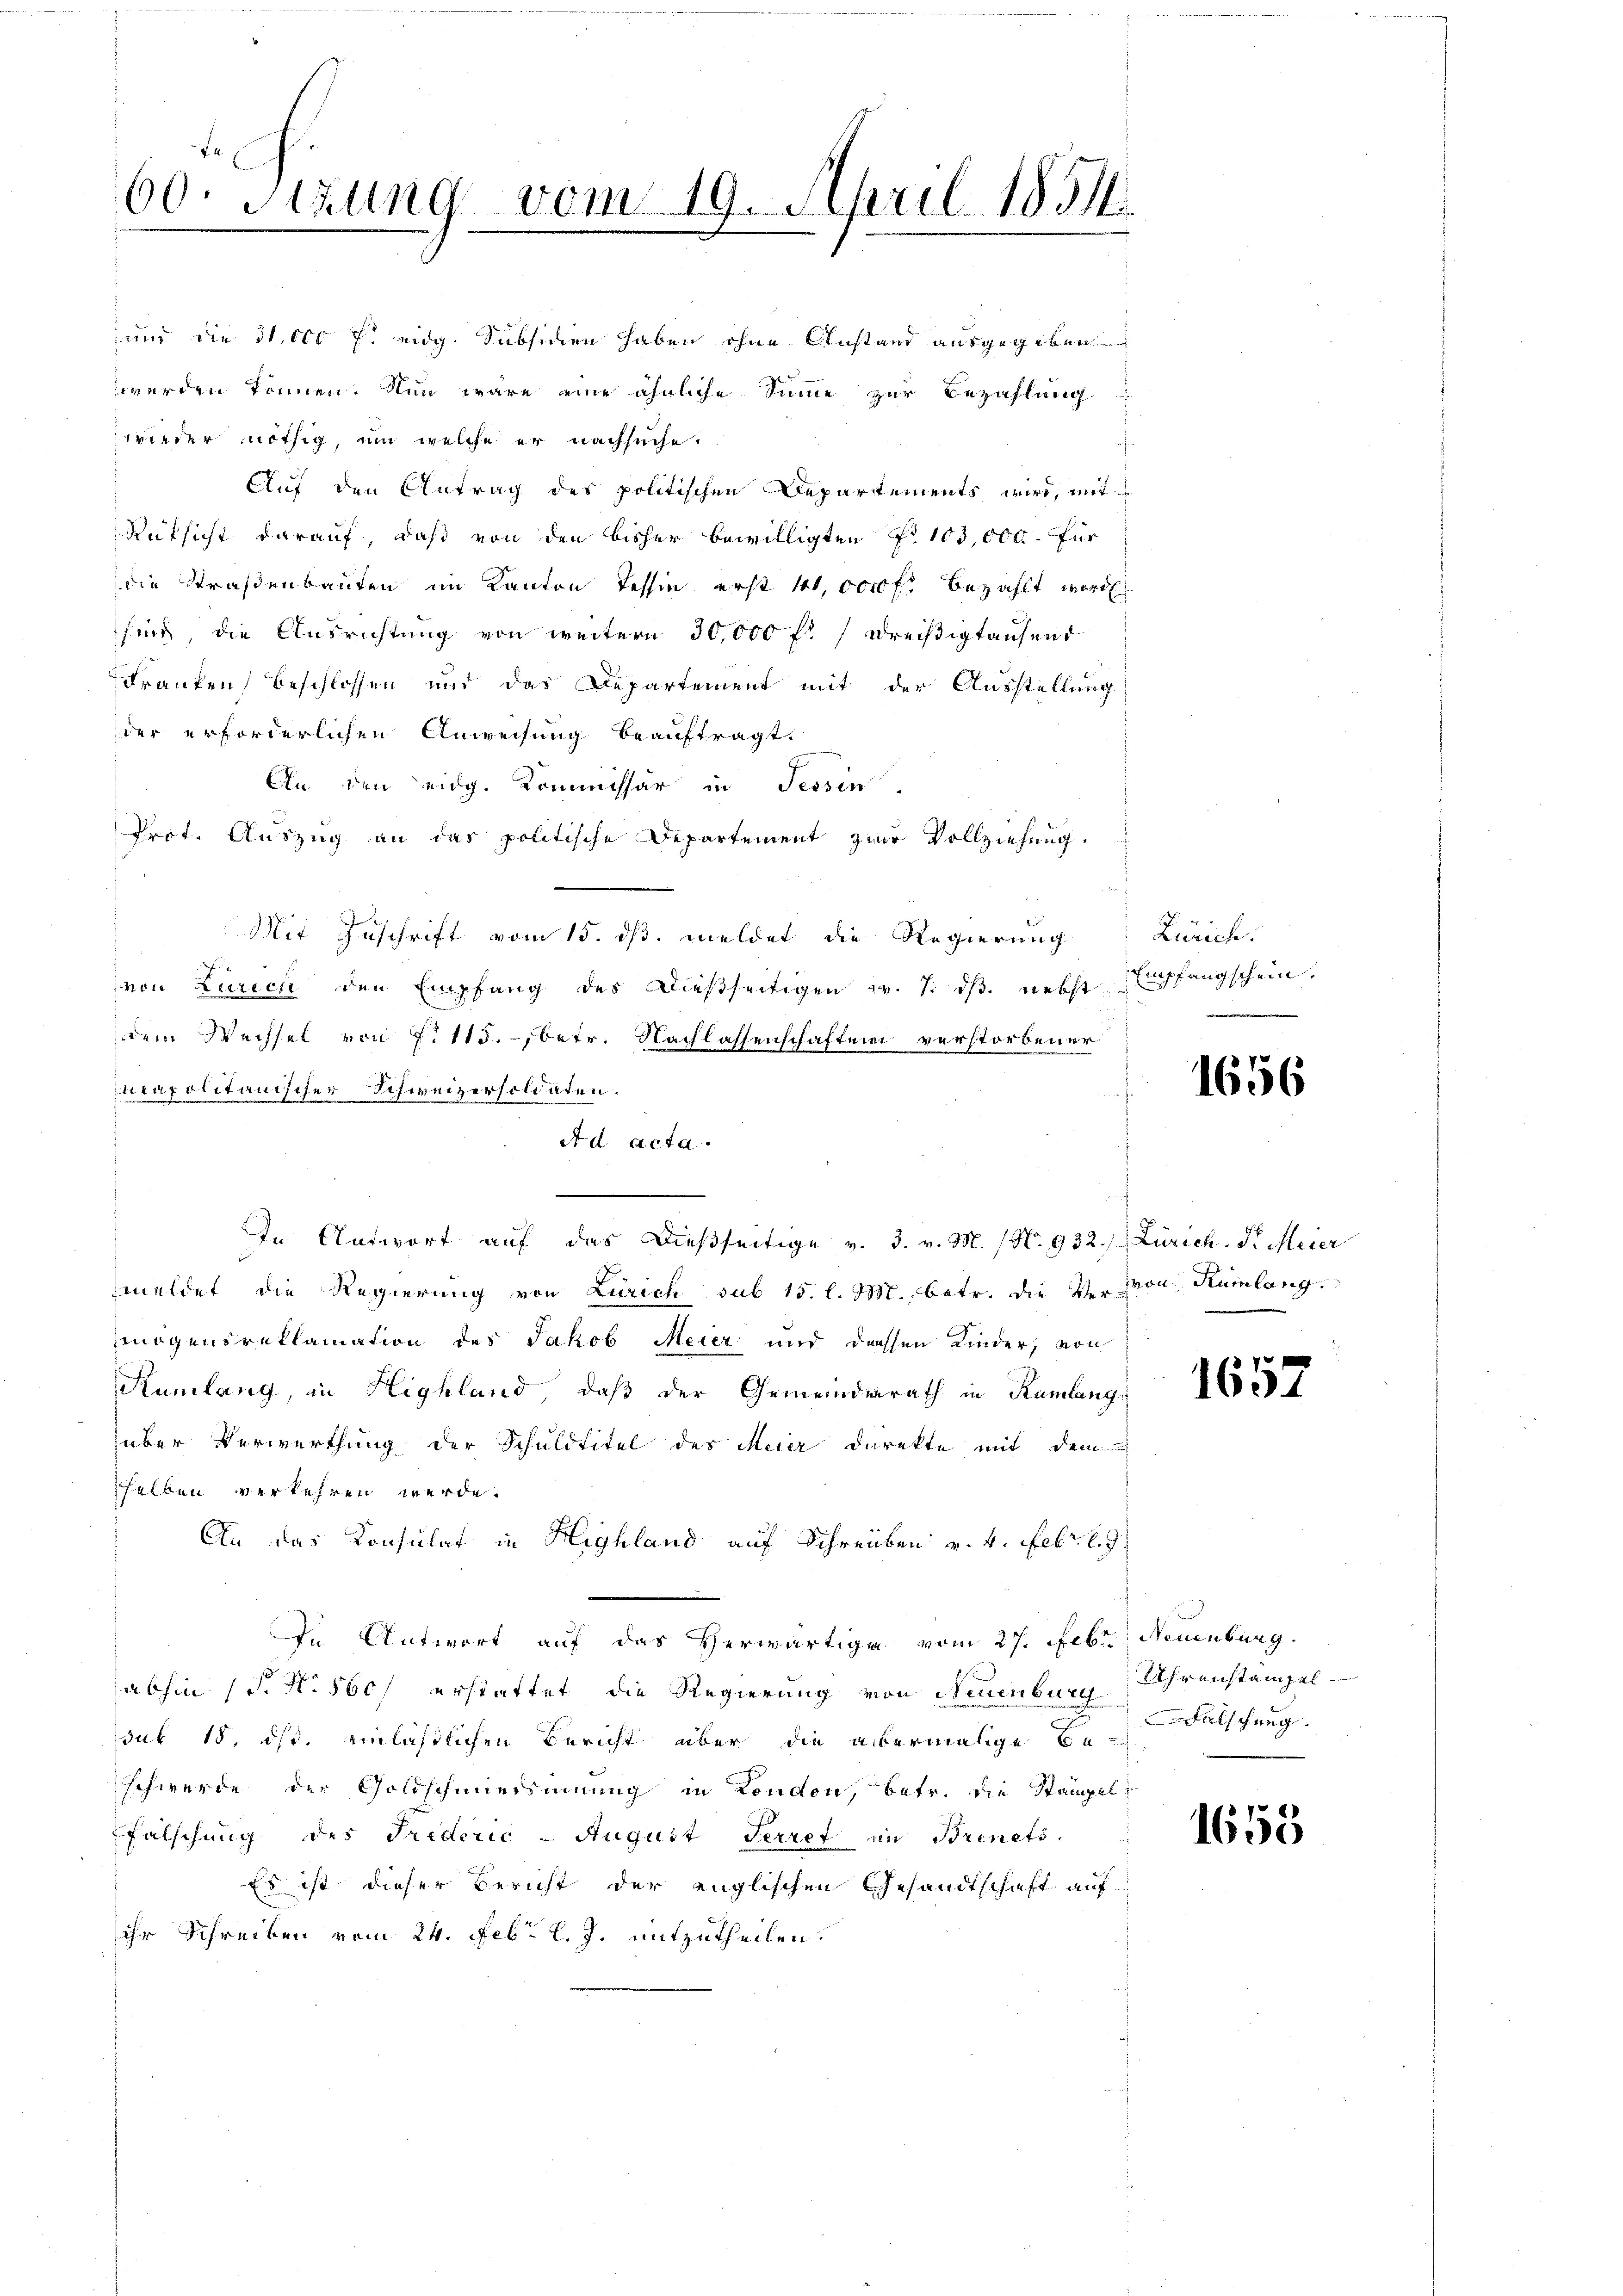
60. Sizung vom 19. April 1851.

und die 31,000 f: eidg. Subsidien haben ohne Anstand ausgegeben
werden können. Nun wäre eine ähnliche Summe zur Bezahlung
wieder nöthig, um welche er nachsuche.
Auf den Antrag des politischen Departements wird, mit
Rufsicht darauf, daß von den bisher bewilligten No 103,000. für
die Straßenbauten im Kanton Tessin erst 41,0000 f. bezahlt word
sind, die Ausrichtung von weitern 30,000 fl / Dreißigtausend
Franken beschlossen und das Departement mit der Ausstellung
der erforderlichen Anweisung beauftragt.
An den eidg. Kommissär in Tessin
Prot. Auszug an das politische Departement zur Vollziehung.
Mit Zuschrift vom 15. ds. meldet die Regierung
von Zürich den Empfang des Diesseitigen z. T. dβ. nebst
dem Wechsel von Eit15. betr. Nachlassenschaften verstorbener
capolitanischer Schweizersoldaten.
A d acta.
e
In Antwort auf das dießseitige v. 3. v. M. (N. 932. Zürich. Pr. Meier
meldet die Regierung von Zürich sub 15. l. M. betr. die Vervon Rümlang.
mögensreklamation des Jakob Meier und dessen Kinder, von
Rümlang, in Highland, daß der Gemeinderath in Rümlang
über Verwerthung der Schuldtitel des Meier Direkte mit dem
selben verkehren werde.
An das Konsulat in Highland auf Schreiben v. 4. Febr. l. J.
In Antwort auf das Herwärtige vom 27. Febr., Neuenburg
abhin (T. N. 560 erstattet die Regierung von Neuenburg, Uhrenstanzelsub 15. ds. einlässlichen Bericht aber die abermalige Be-
schwerde der Goldschmersinnung in London, betr. die Stampelfalschung des Triderić -August Terret in Brinets
Es ist dieser Bericht der englischen Gesandtschaft auf
ihr Schreiben vom 24. Febr. l. J. mitzutheilen.

Zürich.
Empfangschein.
.

1656

1657

Falschung.

1653